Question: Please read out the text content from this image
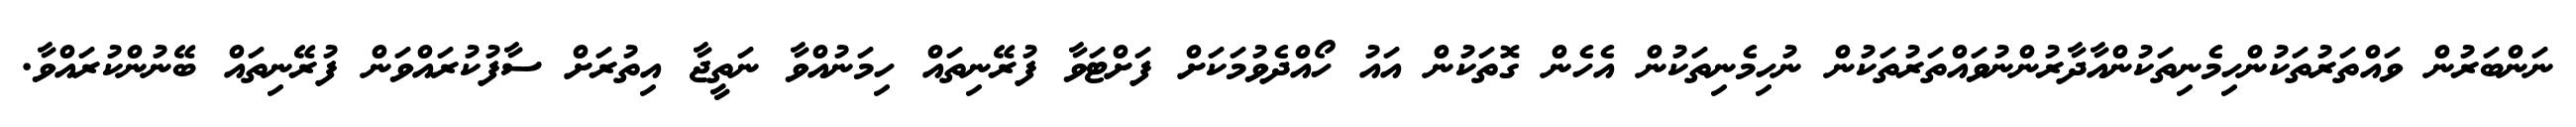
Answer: ނަންބަރުން ވައްތަރުތަކުންހިމެނިތަކުންއާދާރުންނުވައްތަރުތަކުން ނުހިމެނިތަކުން އެހެން ގޮތަކުން އައު ހޯއްދެވުމަކަށް ފަށްޓަވާ ފުރޭނިތައް ހިމަނުއްވާ ނަތީޖާ އިތުރަށް ސާފުކުރައްވަން ފުރޭނިތައް ބޭނުންކުރައްވާ.